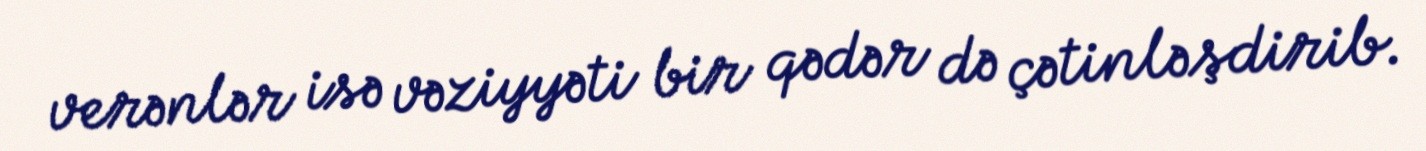
verənlər isə vəziyyəti bir qədər də çətinləşdirib.